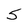
Character: 5